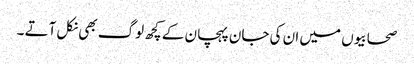
صحابیوں میں ان کی جان پہچان کے کچھ لوگ بھی نکل آتے ۔